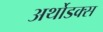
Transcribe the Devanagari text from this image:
अर्थोडक्स